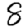
Digit: 8